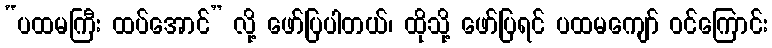
“ပထမကြီး ထပ်အောင်” လို့ ဖော်ပြပါတယ်၊ ထိုသို့ ဖော်ပြရင် ပထမကျော် ဝင်ကြောင်း